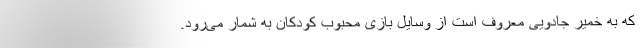
که به خمیر جادویی معروف است از وسایل بازی محبوب کودکان به شمار می‌رود.